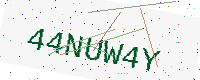
Text: 44NUW4Y